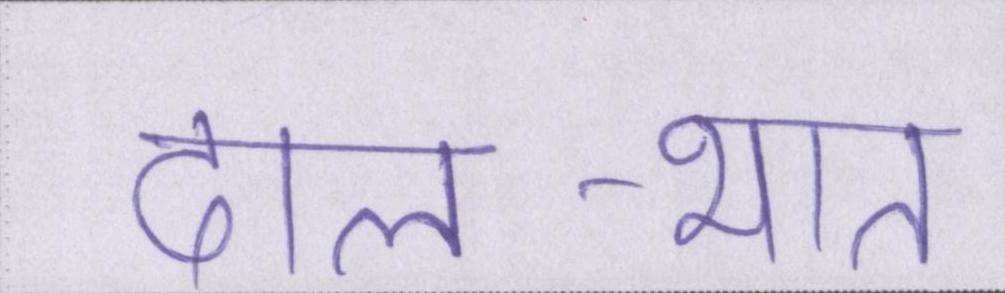
दाल-भात